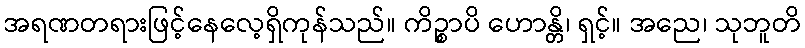
အရဏတရားဖြင့်နေလေ့ရှိကုန်သည်။ ကိဉ္စာပိ ဟောန္တိ၊ ရှင့်။ အညေ၊ သုဘူတိ